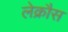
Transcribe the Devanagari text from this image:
लेक्रौस